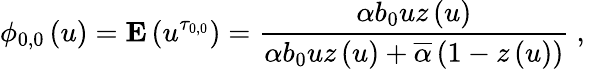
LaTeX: \phi_{0,0}\left(u\right)={\mathbf E}\left(u^{\tau_{0,0}}\right)=\frac{\alpha b_{0}uz\left(u\right)}{\alpha b_{0}uz\left(u\right)+\overline{{\alpha}}\left(1-z\left(u\right)\right)}\mathrm{~,~}